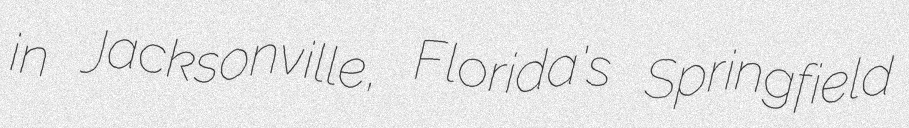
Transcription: in Jacksonville, Florida's Springfield